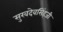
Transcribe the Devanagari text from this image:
सुखदेवसिंहजी